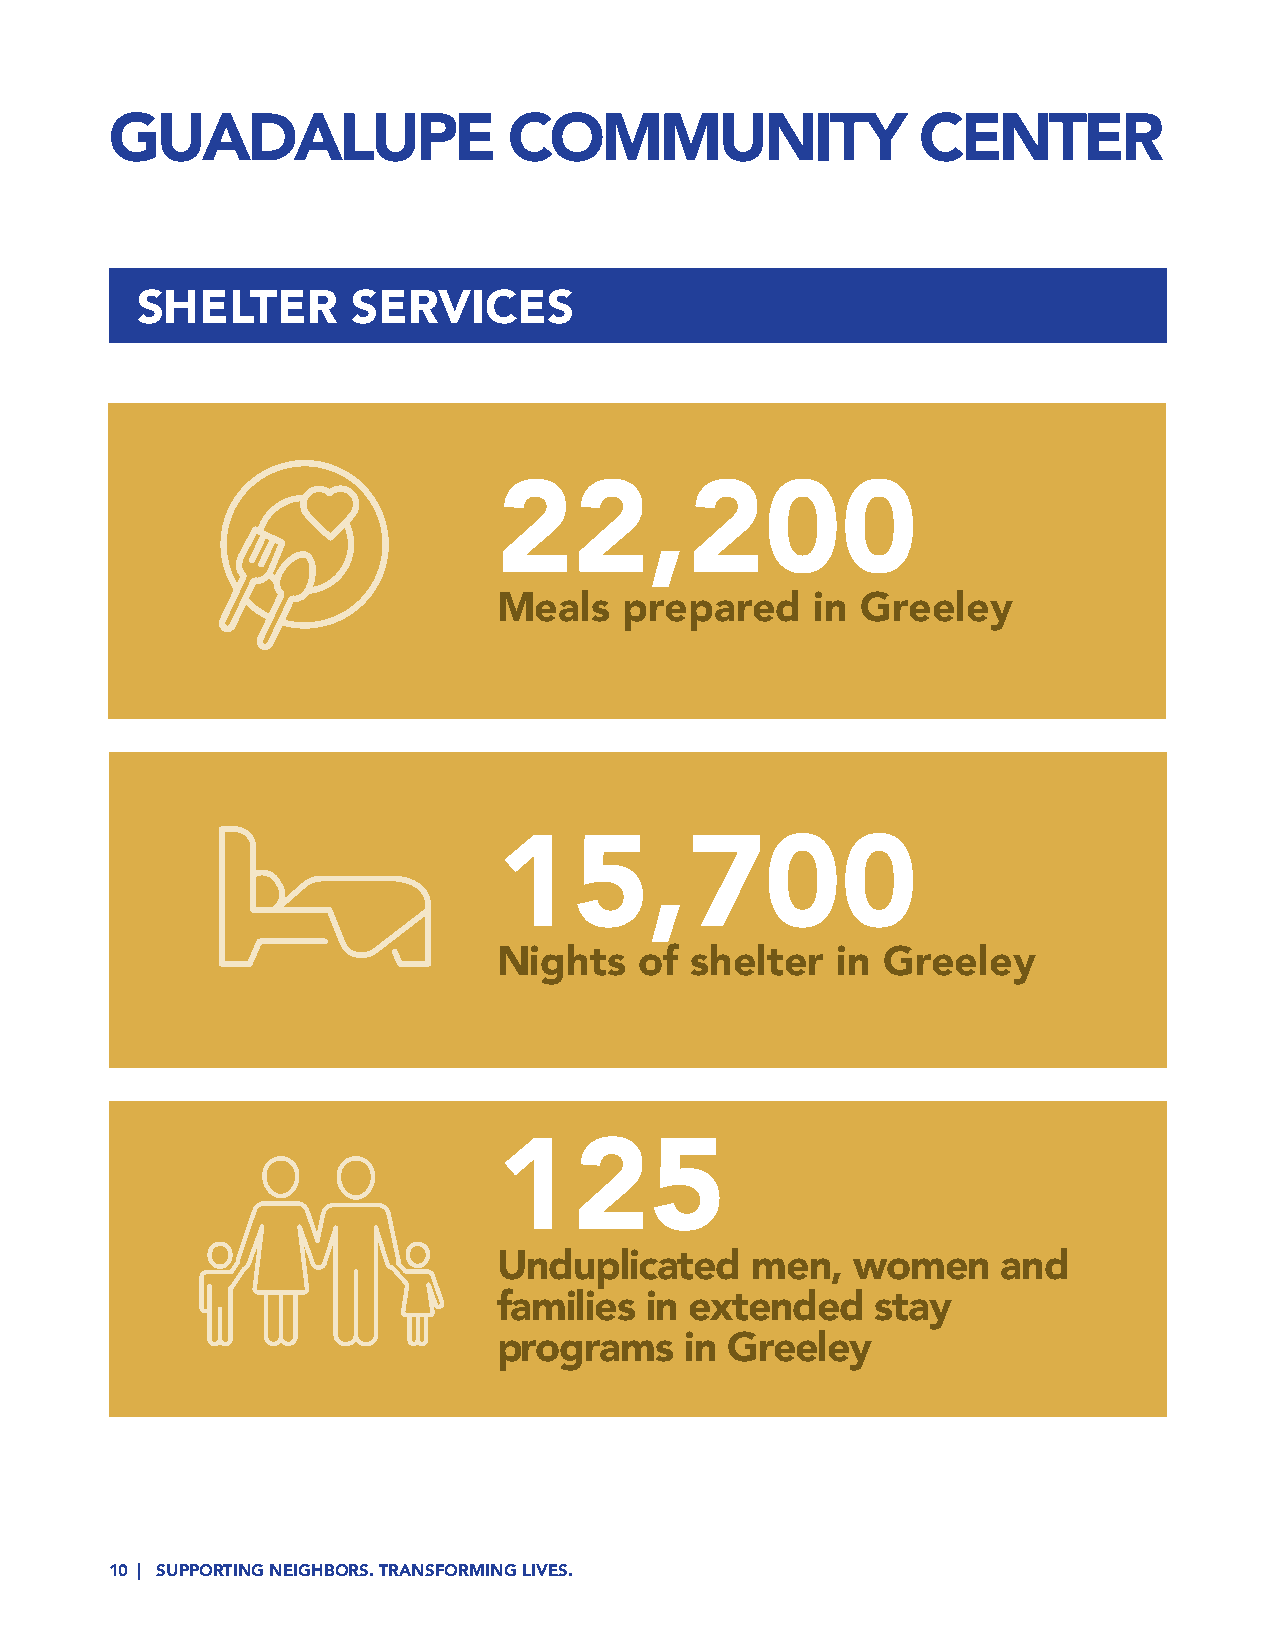
GUADALUPE                  COMMUNITY                  CENTER
 SHELTER       SERVICES
 22,200
 Meals   prepared     in Greeley
 15,700
 Nights   of  shelter  in  Greeley
 125
 Unduplicated     men,  women     and
 families  in extended    stay
 programs    in Greeley
 10 | SUPPORTING NEIGHBORS. TRANSFORMING LIVES.